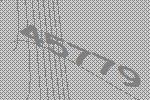
45779